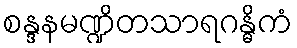
စန္ဒနမဏ္ဍိတသာရဂန္ဓိကံ